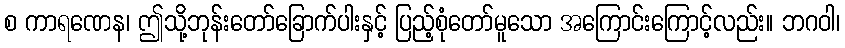
စ ကာရဏေန၊ ဤသို့ဘုန်းတော်ခြောက်ပါးနှင့် ပြည့်စုံတော်မူသော အကြောင်းကြောင့်လည်း။ ဘဂဝါ၊